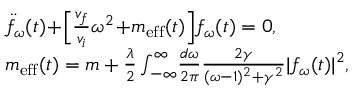
\begin{array} { r l } & { \ddot { f } _ { \omega } ( t ) \! + \! \Big [ \frac { v _ { f } } { v _ { i } } \omega ^ { 2 } \! + \! m _ { \mathrm { e f f } } ( t ) \Big ] f _ { \omega } ( t ) = 0 , } \\ & { m _ { \mathrm { e f f } } ( t ) = m + \frac { \lambda } { 2 } \int _ { - \infty } ^ { \infty } \! \frac { d \omega } { 2 \pi } \frac { 2 \gamma } { ( \omega - 1 ) ^ { 2 } + \gamma ^ { 2 } } | f _ { \omega } ( t ) | ^ { 2 } , } \end{array}